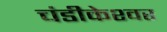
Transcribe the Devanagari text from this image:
चंडीकेश्‍वर